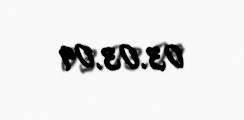
03.03.09